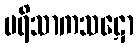
ပရိသာကသဋော